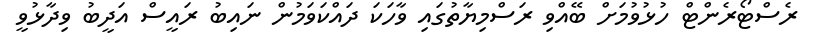
ރެސްޓޯރެންޓް ހުޅުވުމަށް ބޭއްވި ރަސްމިޔާތުގައި ވާހަކަ ދައްކަވަމުން ނައިބު ރައީސް އަދީބު ވިދާޅުވީ